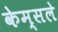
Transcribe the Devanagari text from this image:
केम्सले